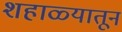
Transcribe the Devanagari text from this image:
शहाळ्यातून